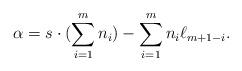
LaTeX: \begin{align*} \alpha = s \cdot ( \sum_{i=1}^{m}n_i) - \sum_{i=1}^{m}n_i \ell_{m+1-i}.\end{align*}